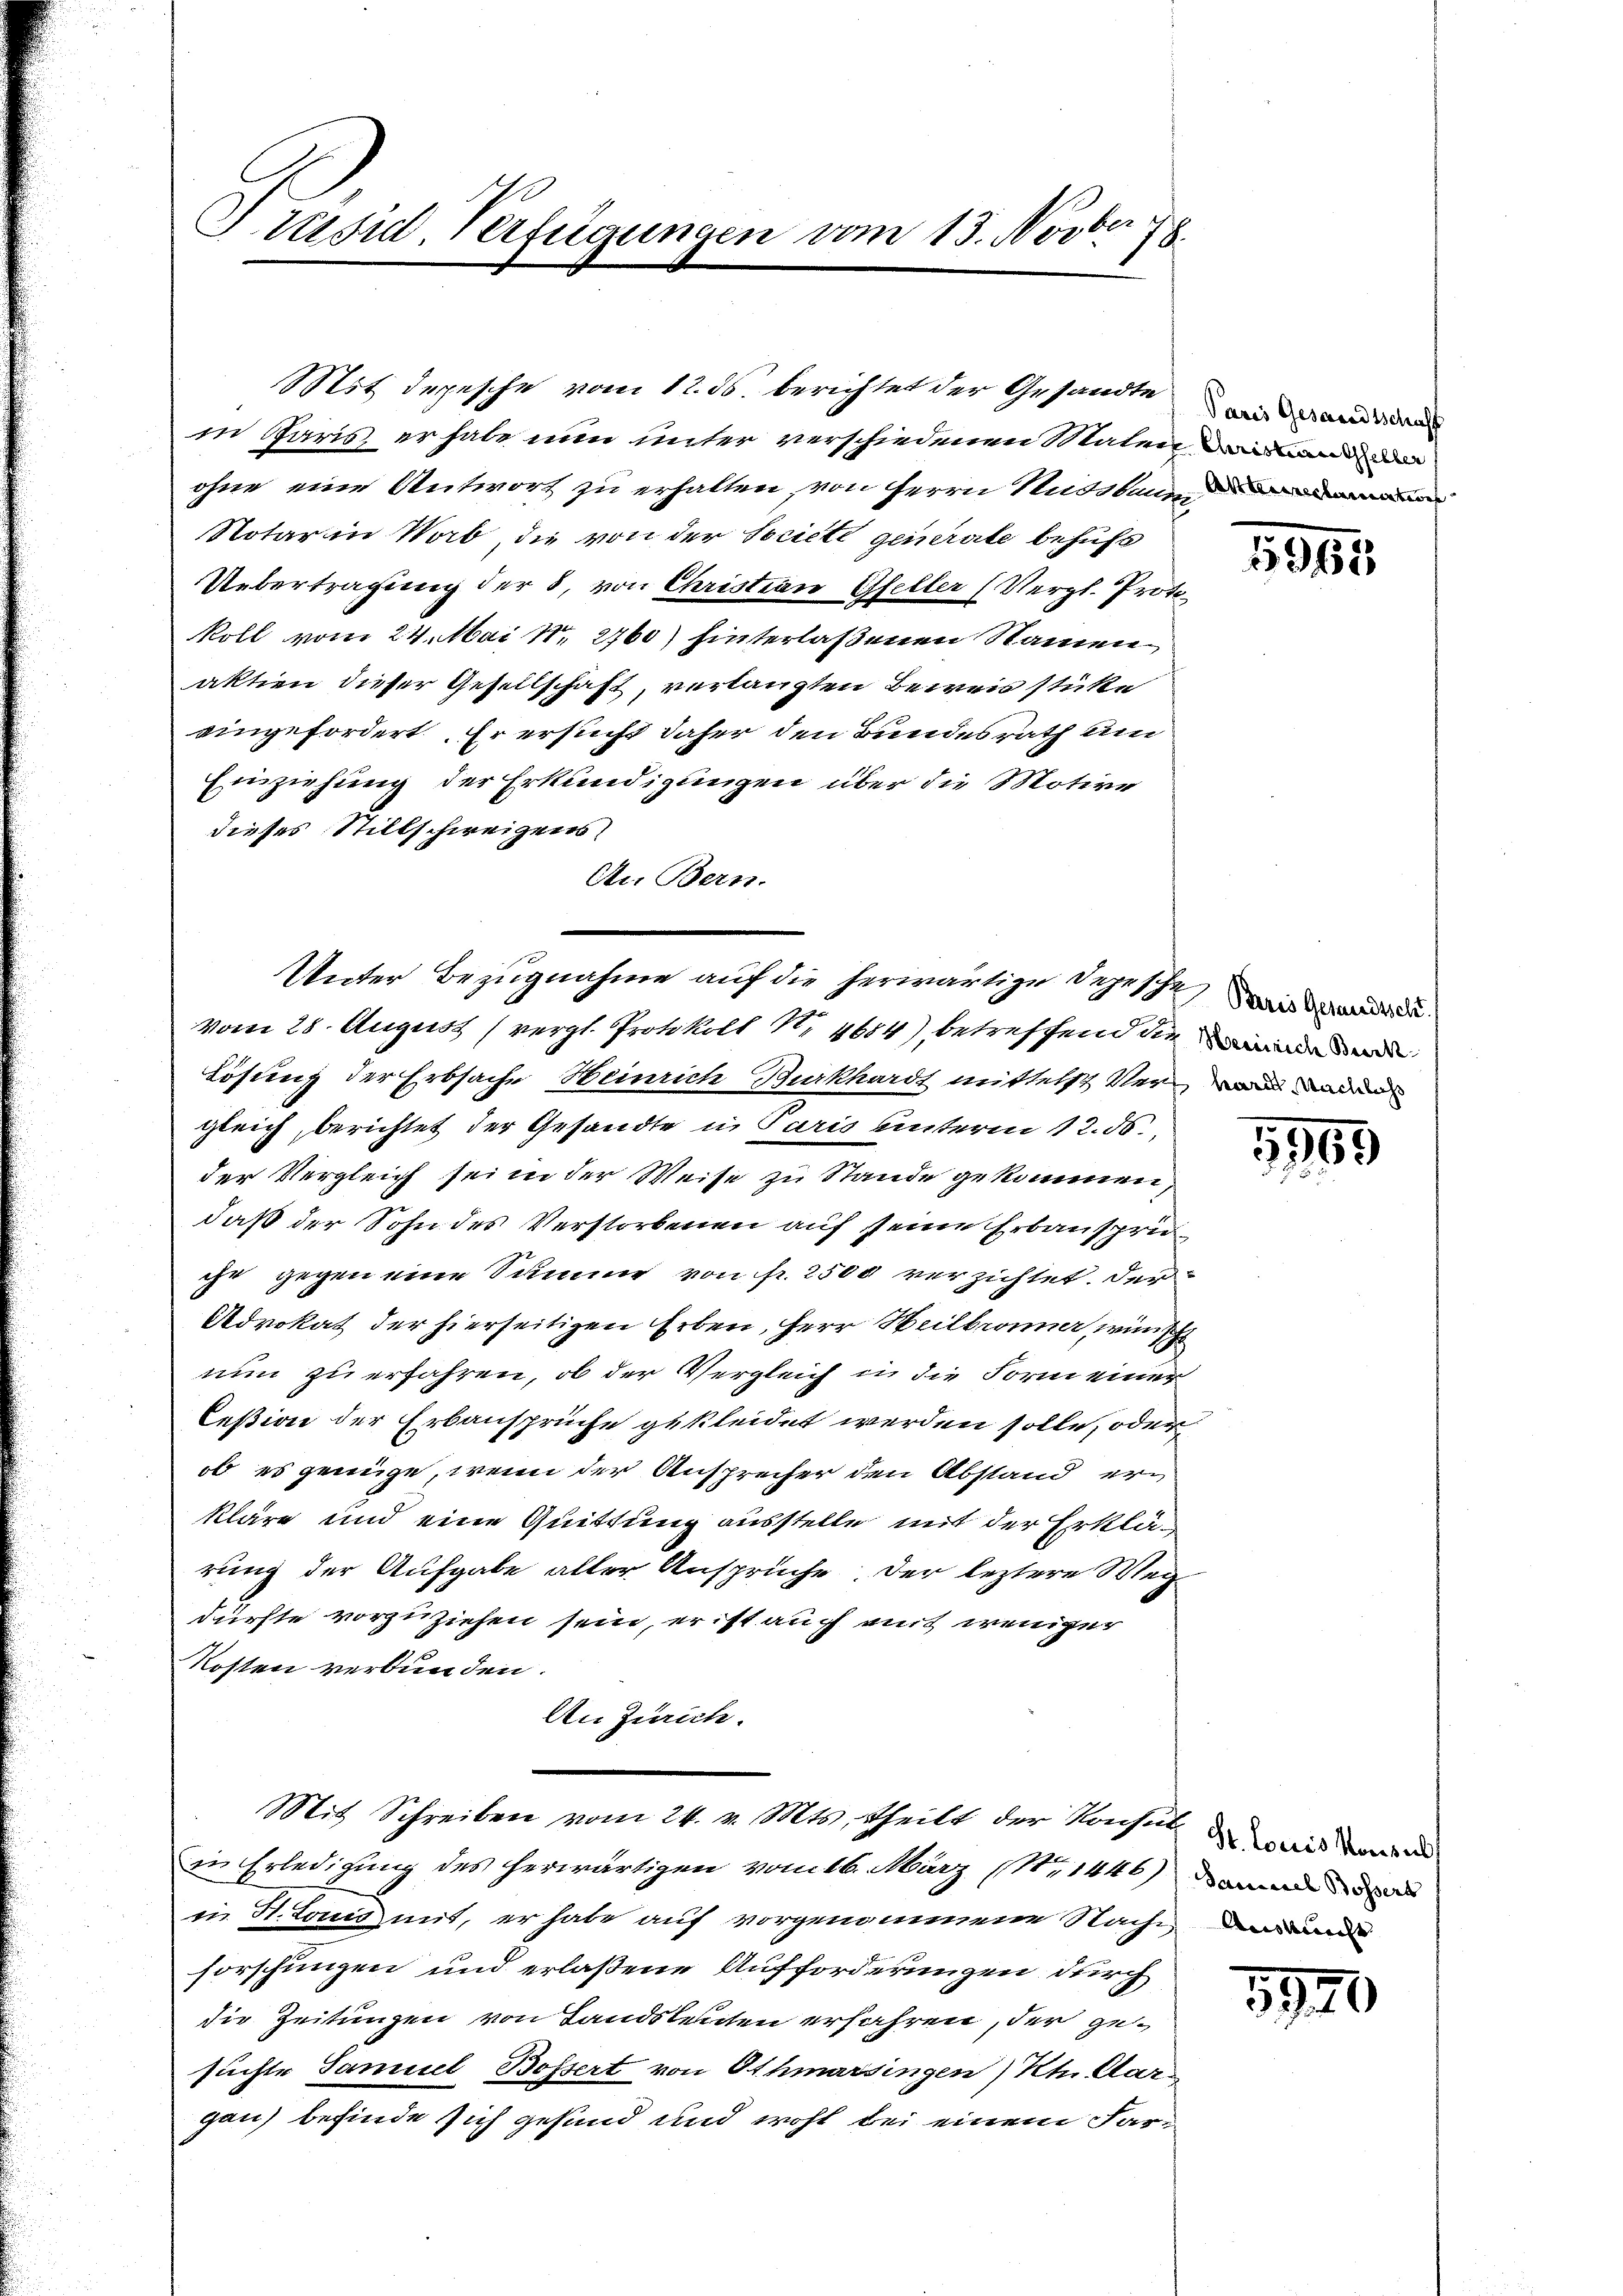
e
Trusul, Verfügungen vom 13. Nov. 18.

Mit depesche vom 12. ds. berichtet der Gesandte
in Paris, er habe nun unter verschiedenen Maten in und de
ohne eine Antwort zu erhalten, von Herrn Russlan
Notar in Wab, die von der Societe geirate behufs
Uebertragung der 8, von Christian Gfeller (Vergl. Protokoll vom 24. Mai 187. 2760) hinterlaßenen Namen
aktien dieser Gesellschaft, verlangten Beweis stütte
eingefordert. Er ersucht daher den Bundesrath um
Einziehung der Erkundigungen über die Motive
dieses Stillschweizens
An Bern.
vom 28. August (vergl. Protokoll N. 4684) betreffend die in de
Lösung der Erbsache Heinrich Burkhardt mittelst Verwanderen
gleich, berichtet der Gesandte in Paris unterm 12. ds.
der Vergleich sei in der Weise zu Stande gekommen,
daß der Sohn des Verstorbenen auf seine Erbanspru
ihr gegen eine Summe von fr. 2500 verzichtet. Der
Advokat der hierseitigen Erben, Herr Heilbronner, wienisch
nun zu erfahren, ob der Vergleich in die Form einer
Ceßion der Erbansprüche gekleidet werden solle, oder
ob es genüge, wenn der Ansprecher den Abstand erkläre und eine Quittung ausstelle mit der Erklärung der Aufgabe aller Ansprüche. Der leztere Weg
dürfte vorzuziehen sein, er ist auch mit weniger
Kosten verbunden.
An Zürich.
Mit Schreiben vom 24. v. Mts., Theilt der Konsul wir de
in Erledigung des herwärtigen vom 16. März (Nr. 1446) man
in H. Louis mit, er habe auf vorgenommene Sache dane
forschungen und erlaßene Aufforderungen durch
die Zeitungen von Landsleuten erfahren, der gesuchte Samuel Bossert von Othmarsingen) Ktn. Aar
gan) befinde sich gesand und wohl bei einem Far¬

Unter Bezugnahme auf die herwärtige Depesche wird der

Paris Gesandtschaff

5965

1,169

5920